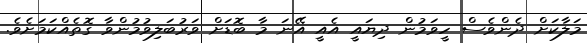
މަލާކަށް ދެންވެސް ހީވަމުން ދިޔައީ އެއީ އޭނަ މާ ބޮޑަށް ވަރުބަލިވުމުންވާ ގޮތެއްކަމަށެވެ.